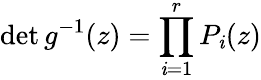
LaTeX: \operatorname*{det}g^{-1}(z)=\prod_{\mathit{i}=1}^{r}P_{\mathit{i}}(z)